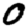
Digit: 0